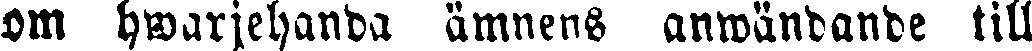
om hwarjehanda ämnens anwändande till